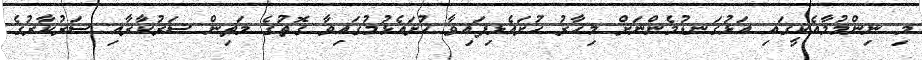
މި ނިންމުމާއެކީގައި އަޅުގަނޑުމެންނަށް މިހާރު ހުށައެޅިފައިވާ ހުށައެޅުމުގައިވާ ގޮތުގެ މަތިން ސަރުކާރާއި ސަރުކާރުގެ